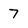
Character: 7